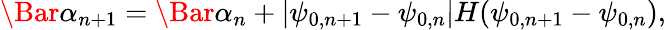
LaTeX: \Bar{\alpha}_{n+1}=\Bar{\alpha}_{n}+|\psi_{0,n+1}-\psi_{0,n}|H(\psi_{0,n+1}-\psi_{0,n}),